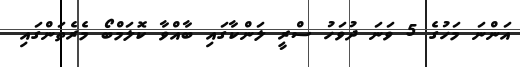
އަންނަ މަހުގެ 5 ވަނަ ދުވަހު ސްރީ ލަންކާގައި ބާއްވާ ކޮލަމްބޯ މެރެތަންގައި